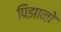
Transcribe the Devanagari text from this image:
पिझानो